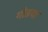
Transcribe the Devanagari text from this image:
गोडया